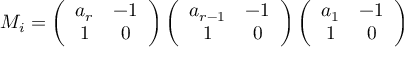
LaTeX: M _ { i } = \left( \begin{array} { c c } { { a _ { r } } } & { { - 1 } } \\ { { 1 } } & { { 0 } } \end{array} \right) \left( \begin{array} { c c } { { a _ { r - 1 } } } & { { - 1 } } \\ { { 1 } } & { { 0 } } \end{array} \right) \left( \begin{array} { c c } { { a _ { 1 } } } & { { - 1 } } \\ { { 1 } } & { { 0 } } \end{array} \right)